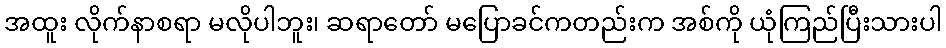
အထူး လိုက်နာစရာ မလိုပါဘူး၊ ဆရာတော် မပြောခင်ကတည်းက အစ်ကို ယုံကြည်ပြီးသားပါ